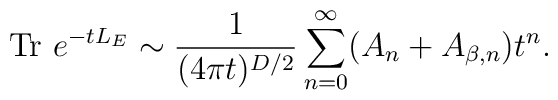
\mbox{Tr}~e^{-tL_E}\sim {1 \over (4\pi t)^{D/2}}\sum_{n=0}^\infty (A_n+A_{\beta,n})t^n.